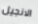
الانجيل